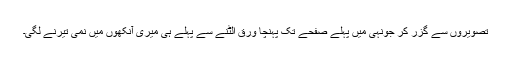
تصویروں سے گزر کر جونہی میں پہلے صفحے تک پہنچا ورق الٹنے سے پہلے ہی میری آنکھوں میں نمی تیرنے لگی۔